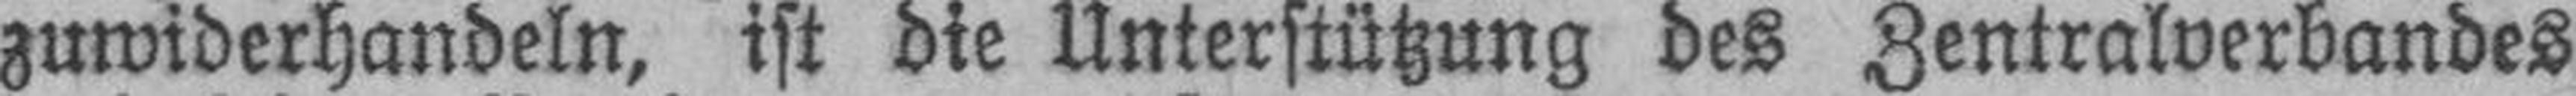
zuwiderhandeln, ist die Unterstützung des Zentralverbandes